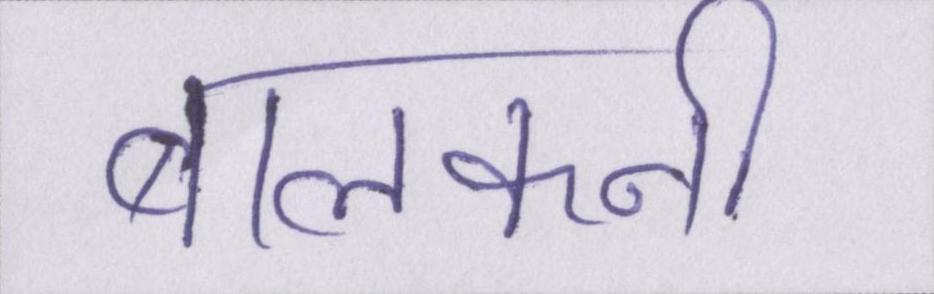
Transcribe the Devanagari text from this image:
बालकनी